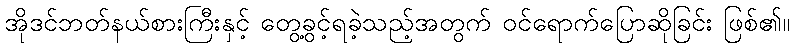
အိုဒင်ဘတ်နယ်စားကြီးနှင့် တွေ့ခွင့်ရခဲ့သည့်အတွက် ဝင်ရောက်ပြောဆိုခြင်း ဖြစ်၏။